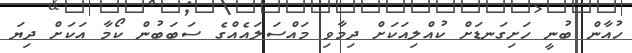
ހުއާން ބުނީ ހަށިގަނޑަށް ކުއްލިއަކަށް ދިމާވި މައްސަލައެއްގެ ސަބަބުން ކޯމާ އަކަށް ދިޔަ